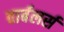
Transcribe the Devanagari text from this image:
वार्बलर्स